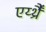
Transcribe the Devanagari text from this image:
एर्य्थ्रैँ